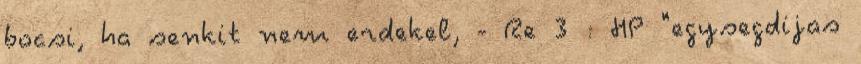
bocsi, ha senkit nem erdekel, - Re 3 : HP "egysegdijas